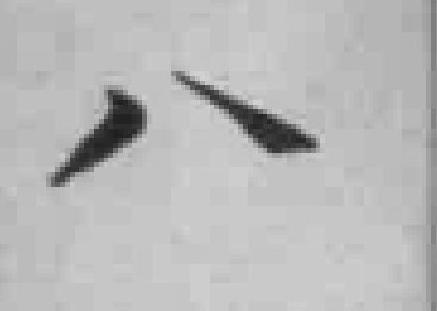
八